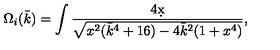
\Omega _ { i } ( \bar { k } ) = \int \frac { 4 \d x } { \sqrt { x ^ { 2 } ( \bar { k } ^ { 4 } + 1 6 ) - 4 \bar { k } ^ { 2 } ( 1 + x ^ { 4 } ) } } ,